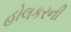
હોલકરની